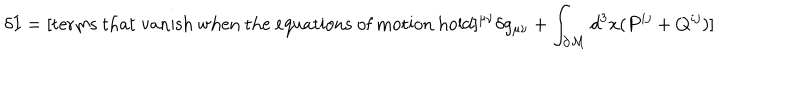
\delta I = [ \mathrm { t e r m s ~ t h a t ~ v a n i s h ~ w h e n ~ t h e ~ e q u a t i o n s ~ o f ~ m o t i o n ~ h o l d } ] ^ { \mu \nu } \delta g _ { \mu \nu } + \int _ { \partial { \cal M } } d ^ { 3 } x ( P ^ { i j } + Q ^ { i j } ) ]